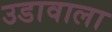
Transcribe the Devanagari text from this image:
उडावाला